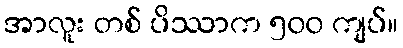
အာလူး တစ် ပိဿာက ၅၀၀ ကျပ်။